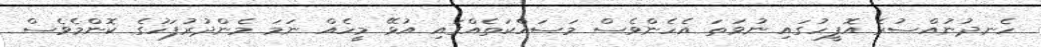
ހެނދުނުއްސުރެ އޮފީހުގައި ނުވަތަ އެހެންވެސް މަސައްކަތެއްގައި އުޅޭ މީހެއް ނަމަ މެންދުރުފަހުގެ ކޮންމެވެސް